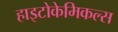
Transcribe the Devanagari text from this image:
हाइटोकेमिकल्स